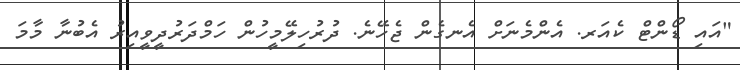
"އައި ޑޯންޓް ކެއަރ. އެންމެނަށް އެނގެން ޖެހޭނެ. ދުރުހިލޭމީހުން ހަމްދަރުދީވީއިރު އެބުނާ މާމަ